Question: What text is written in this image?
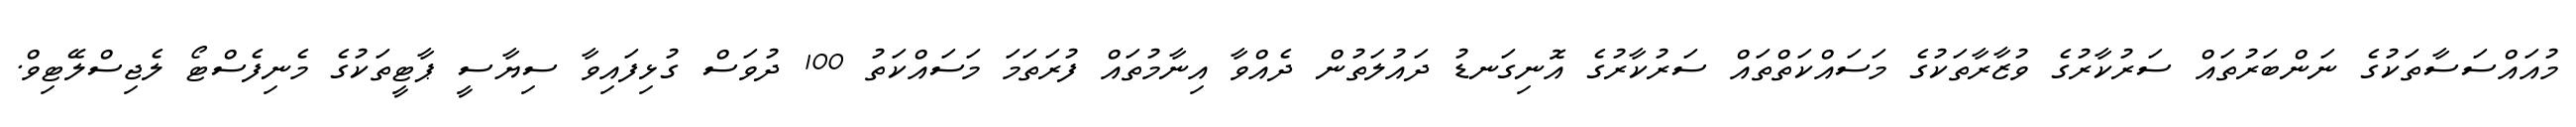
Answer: މުއައްސަސާތަކުގެ ނަންބަރުތައް ސަރުކާރުގެ ވުޒާރާތަކުގެ މަސައްކަތްތައް ސަރުކާރުގެ އޮނިގަނޑު ދައުލަތުން ދެއްވާ އިނާމުތައް ފުރަތަމަ މަސައްކަތު 100 ދުވަސް ގުޅިފައިވާ ސިޔާސީ ޕާޓީތަކުގެ މެނިފެސްޓޯ ލެޖިސްލޭޓިވް.